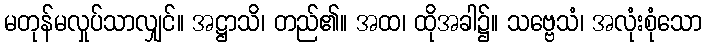
မတုန်မလှုပ်သာလျှင်။ အဋ္ဌာသိ၊ တည်၏။ အထ၊ ထိုအခါ၌။ သဗ္ဗေသံ၊ အလုံးစုံသော